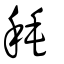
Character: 秏